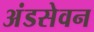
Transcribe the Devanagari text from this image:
अंडसेवन